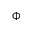
\Phi